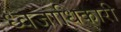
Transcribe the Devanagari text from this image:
ध्वजाधिकारी